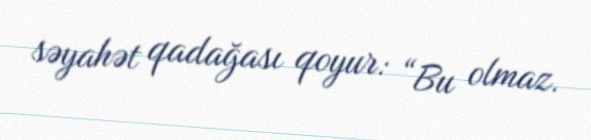
səyahət qadağası qoyur: “Bu olmaz.